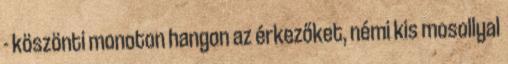
- köszönti monoton hangon az érkezőket, némi kis mosollyal